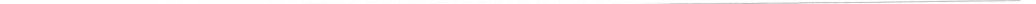
___